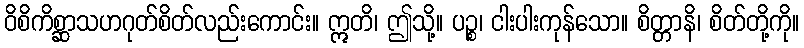
ဝိစိကိစ္ဆာသဟဂုတ်စိတ်လည်းကောင်း။ ဣတိ၊ ဤသို့။ ပဉ္စ၊ ငါးပါးကုန်သော။ စိတ္တာနိ၊ စိတ်တို့ကို။